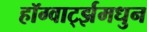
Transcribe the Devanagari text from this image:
हॉग्वार्ट्झमधुन